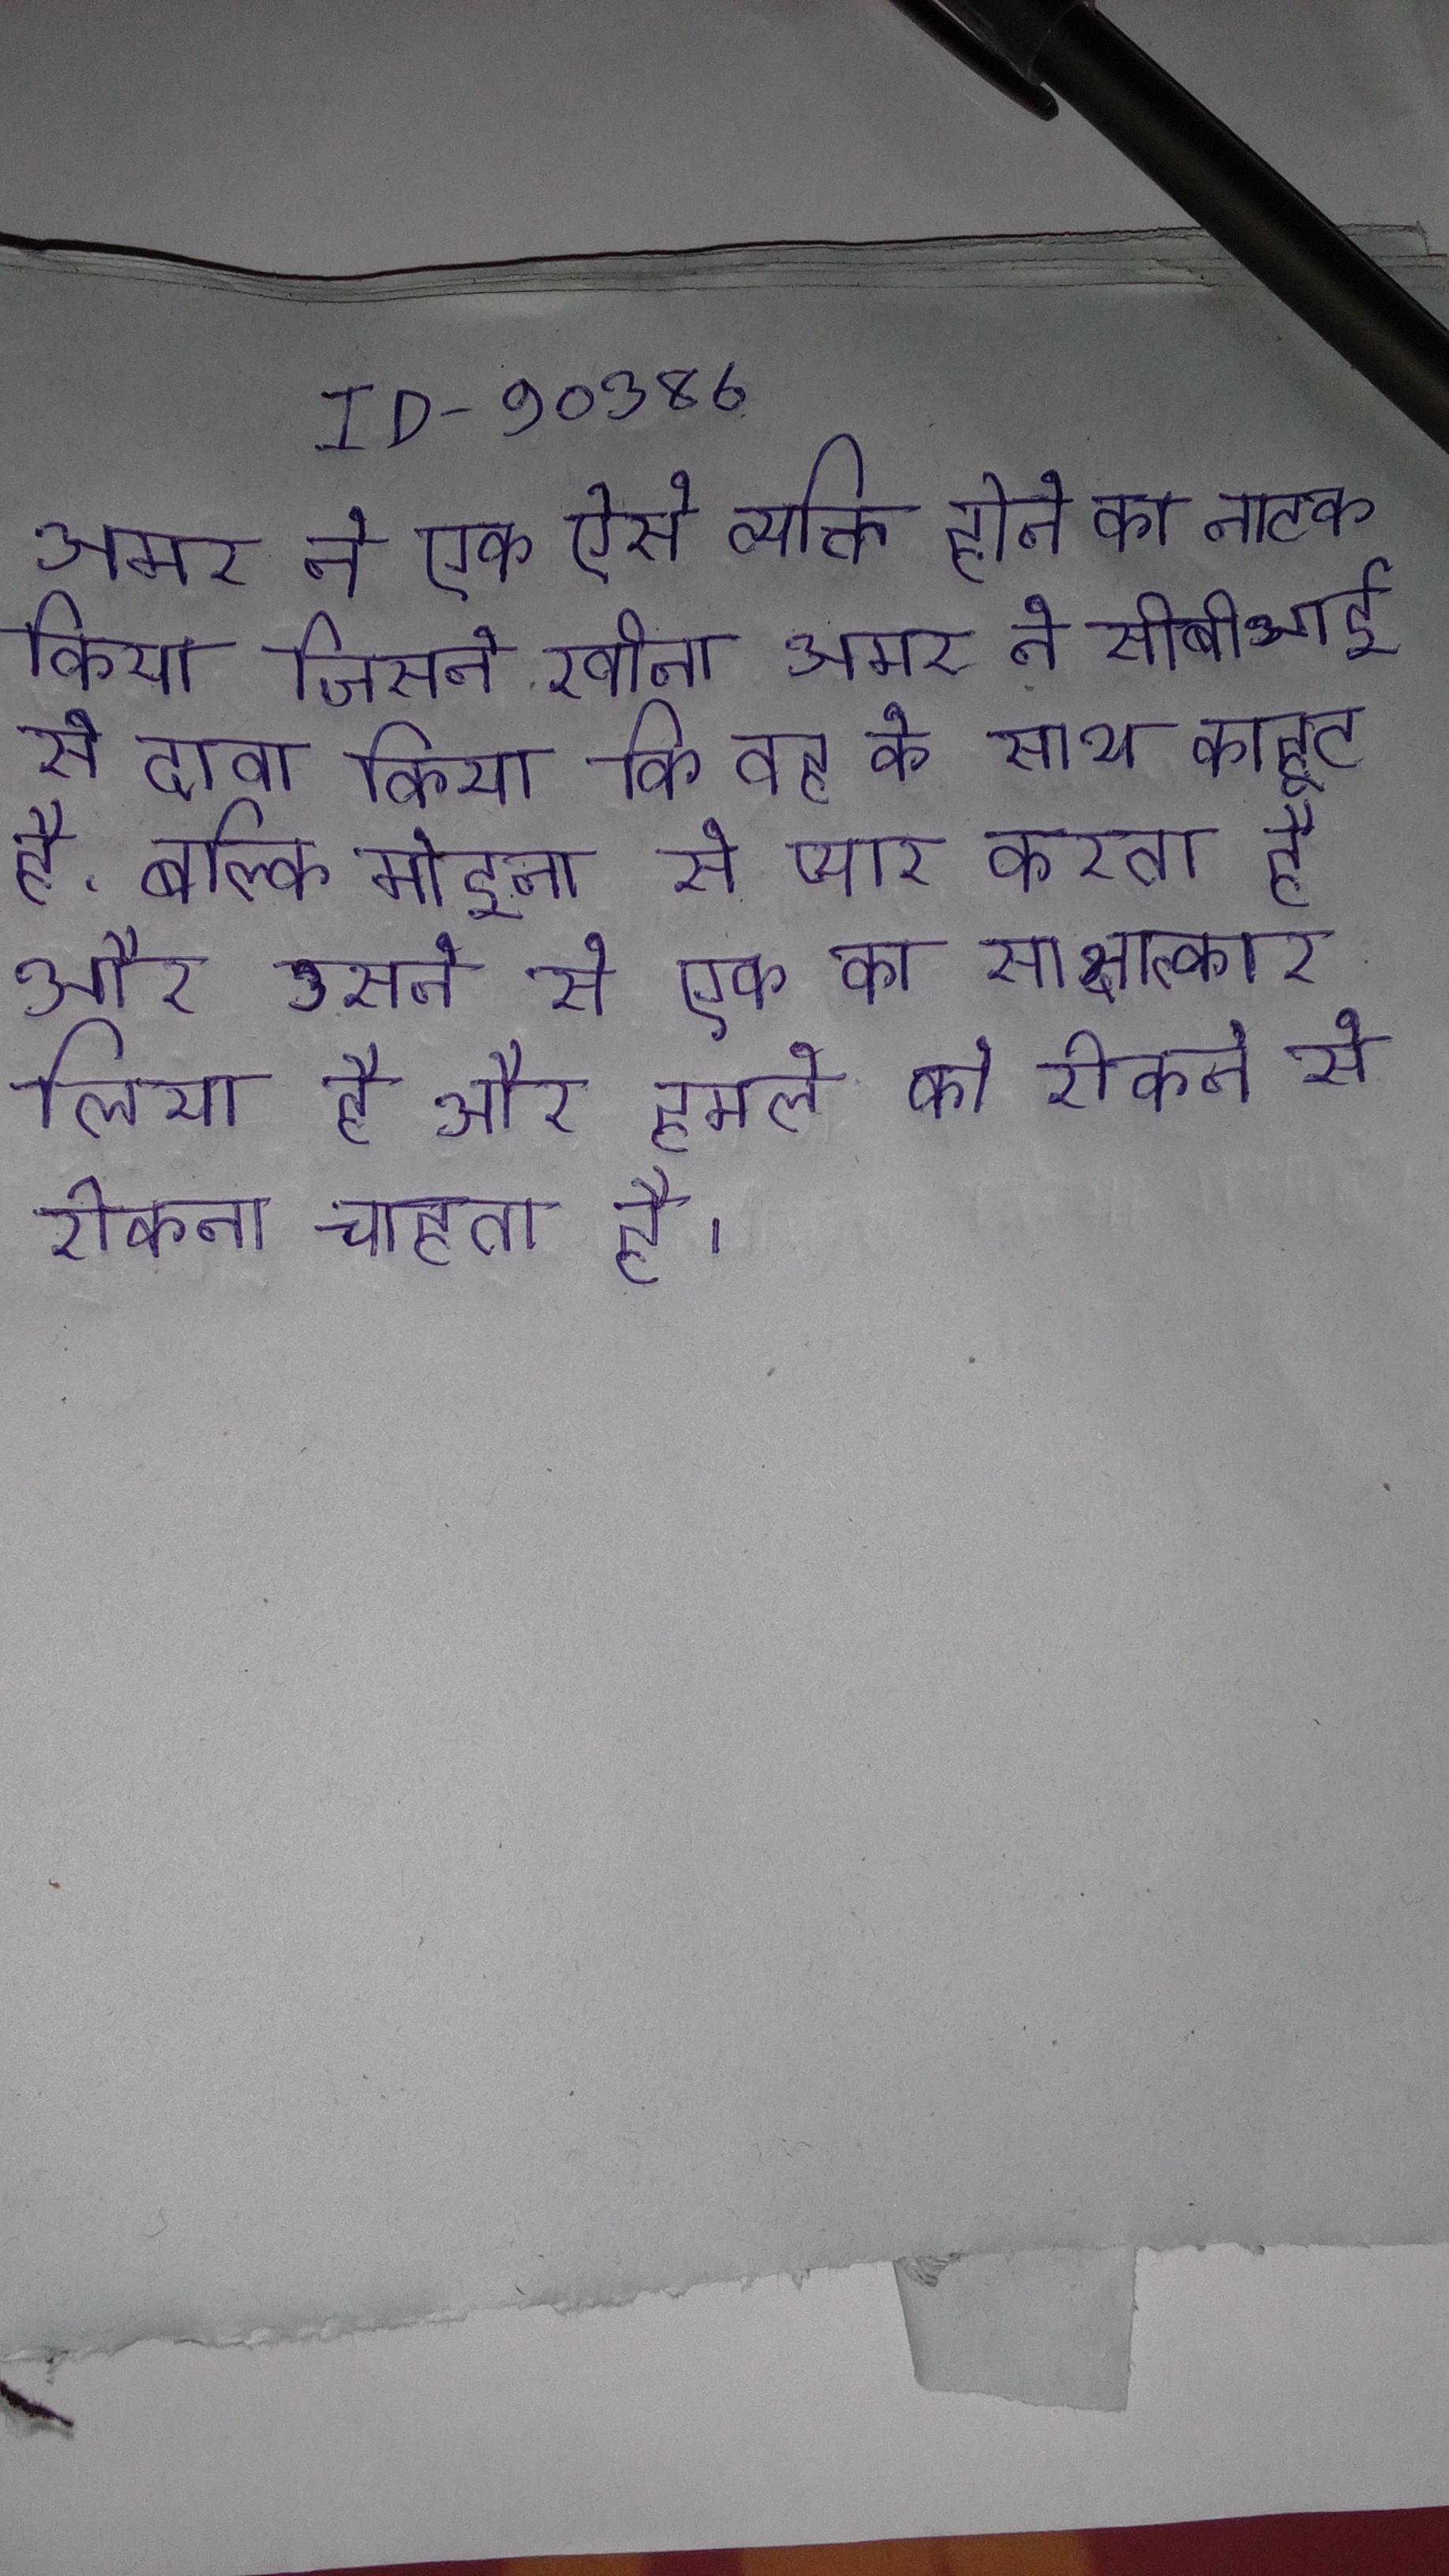
अमर ने एक ऐसे व्यक्ति होने का नाटक किया जिसने रवीना अमर ने सीबीआई से दावा किया कि वह के साथ काहूट है, बल्कि मोइना से प्यार करता है और उसने से एक का साक्षात्कार लिया है और हमले को रोकने से रोकना चाहता है ।